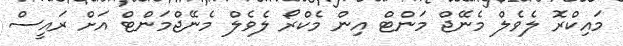
މައިކްރޮ ލެވެލް މެނޭޖް މަންޓް އިން މެކްރޯ ލެވެލް މެނޭޖްމަންޓް އަށް ރައީސް